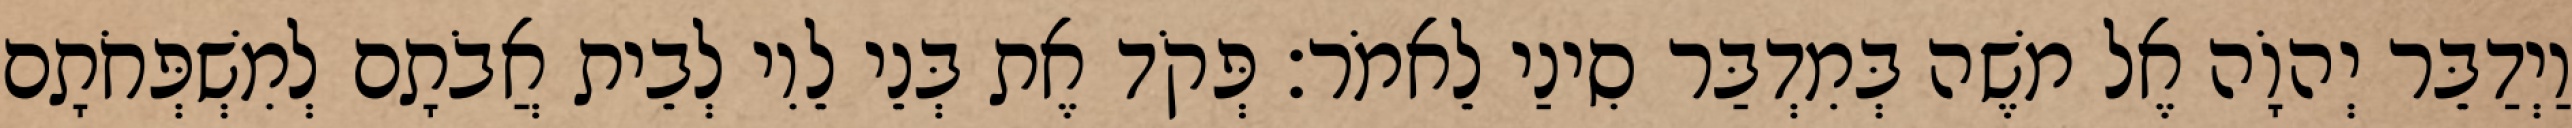
וַיְדַבֵּר יְהוָֹה אֶל משֶׁה בְּמִדְבַּר סִינַי לֵאמֹר׃ פְּקֹד אֶת בְּנֵי לֵוִי לְבֵית אֲבֹתָם לְמִשְׁפְּחֹתָם